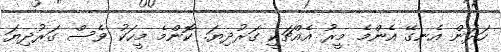
ހަދަން އެނގޭ އެންމެ މީރު އެއްޗަކީ ގަރުދިޔަ. ކޮންމެ މީހަކު ވެސް ގަރުދިޔަ